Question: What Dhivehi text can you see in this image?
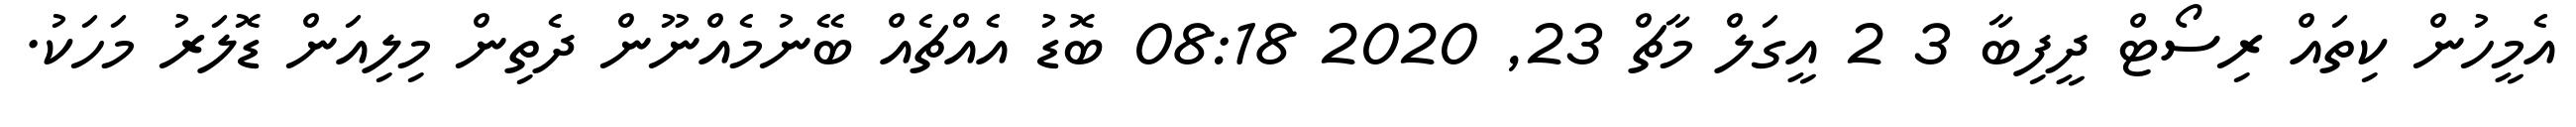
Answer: އެމީހުން ކިތައް ރިސޯޓް ދީފިބާ 3 2 އީގަލް މާޗް 23, 2020 08:18 ބޮޑު އެއްޗެއް ބޭނުމެއްނޫން ދެތިން މިލިއަން ޑޮލަރު މަހަކު.